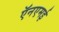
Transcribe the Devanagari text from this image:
ऍनएमई